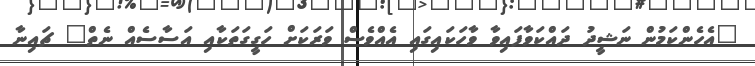
"އެހެންކަމުން ނަޝީދު ދައްކަވާފައިވާ ވާހަކައިގައި އެއްވެސް ވަރަކަށް ހަގީގަތަކާއި އަސާސެއް ނެތް" ޗައިނާ